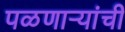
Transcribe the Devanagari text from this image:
पळणाऱ्यांची